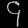
Digit: ၄